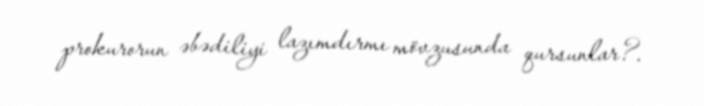
prokurorun əbədiliyi lazımdırmı mövzusunda qursunlar?.